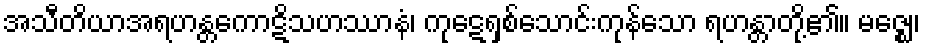
အသီတိယာအရဟန္တကောဋိသဟဿာနံ၊ ကုဋေရှစ်သောင်းကုန်သော ရဟန္တာတို့၏။ မဇ္ဈေ၊